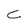
Character: C